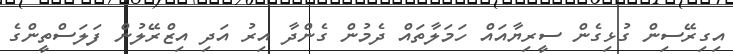
އިގިރޭސިން ގުޅިގެން ސީރިޔާއައް ހަމަލާތައް ދެމުން ގެންދާ އިރު އަދި އިޒްރޭލުން ފަލަސްތީންގެ